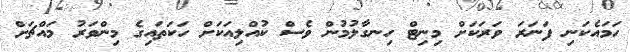
ހަމައެކަނި ފަނަރަ ވަރަކަށް މިނިޓް ހިނގާލުމުން ވެސް ކުއްލިއަކަށް ހަކަތައިގެ މިންވަރު މައްޗަށް